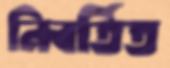
নিবর্তিত